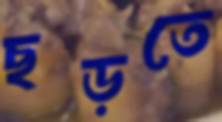
ছড়তে